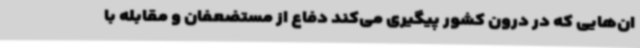
ان‌هایی که در درون کشور پیگیری می‌کند دفاع از مستضعفان و مقابله با